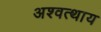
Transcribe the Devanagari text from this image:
अश्वत्थाय